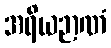
အရိယဉာဏံ